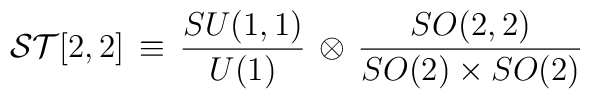
{\cal ST}[2,2]\,  \equiv  \, \frac{SU(1,1)}{U(1)} \, \otimes \, \frac{SO(2,2)}{SO(2) \times SO(2)}